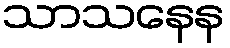
သာသနေန